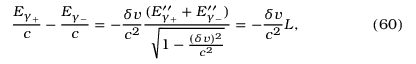
\frac { E _ { \gamma _ { + } } } c - \frac { E _ { \gamma _ { - } } } c = - \frac { \delta v } { c ^ { 2 } } \frac { ( E _ { \gamma _ { + } } ^ { \prime \prime } + E _ { \gamma _ { - } } ^ { \prime \prime } ) } { \sqrt { 1 - \frac { ( \delta v ) ^ { 2 } } { c ^ { 2 } } } } = - \frac { \delta v } { c ^ { 2 } } L , \eqno ( 6 0 )